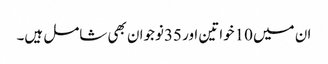
ان میں 10خواتین اور 35نوجوان بھی شامل ہیں۔